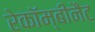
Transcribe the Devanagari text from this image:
रेकॉम्बीनैंट